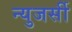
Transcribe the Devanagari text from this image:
न्युजर्सी